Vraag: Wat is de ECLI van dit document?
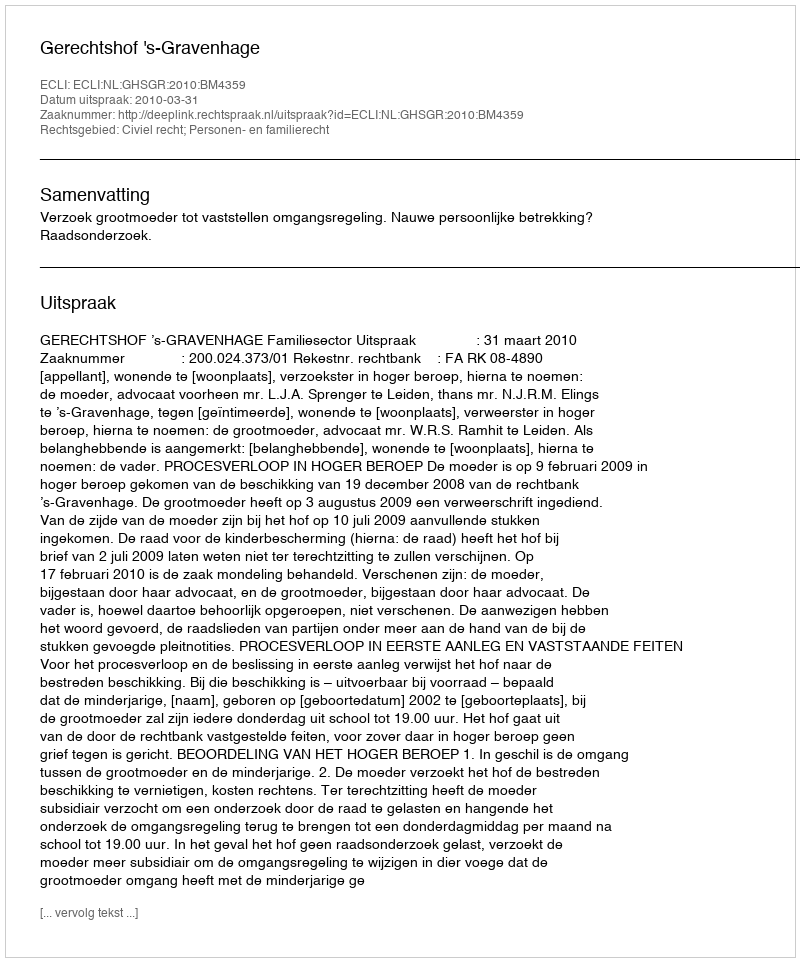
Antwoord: ECLI:NL:GHSGR:2010:BM4359